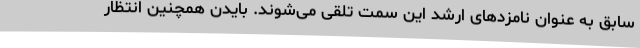
سابق به عنوان نامزدهای ارشد این سمت تلقی می‌شوند. بایدن همچنین انتظار